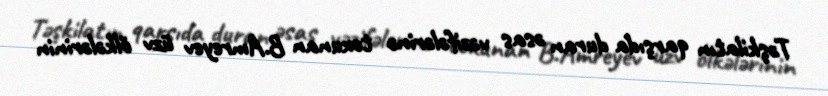
Təşkilatın qarşıda duran əsas vəzifələrinə toxunan B.Amreyev üzv ölkələrinin